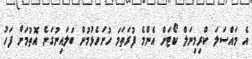
އެ މައްސަލަ ކްރިމިނަލް ކޯޓަށް އެންމެ ފުރަތަމަ ހުށަހެޅުމުން ބަލައިނުގަނެ އޮތުމަށް ފަހު